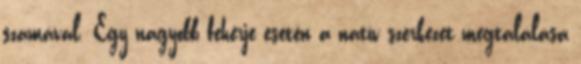
számával. Egy nagyobb fehérje esetén a natív szerkezet megtalálása